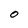
Character: O